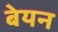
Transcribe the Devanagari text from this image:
बेयन